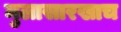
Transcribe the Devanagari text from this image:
मुलासारखाच